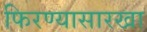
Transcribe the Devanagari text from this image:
फिरण्यासारखा